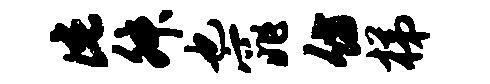
此舛也窕仿梯